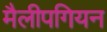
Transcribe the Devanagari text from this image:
मैलीपगियन